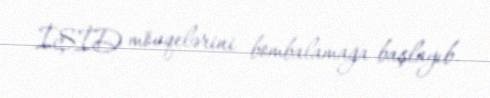
İŞİD mövqelərini bombalamağa başlayıb.